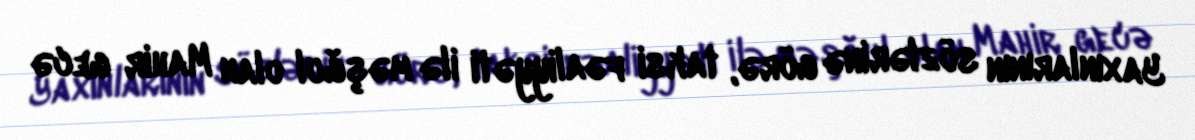
Yaxınlarının sözlərinə görə, taksi fəaliyyəti ilə məşğul olan Mahir gecə